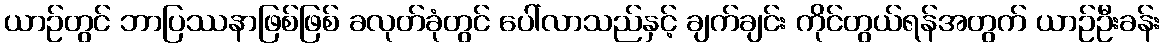
ယာဉ်တွင် ဘာပြဿနာဖြစ်ဖြစ် ခလုတ်ခုံတွင် ပေါ်လာသည်နှင့် ချက်ချင်း ကိုင်တွယ်ရန်အတွက် ယာဉ်ဦးခန်း